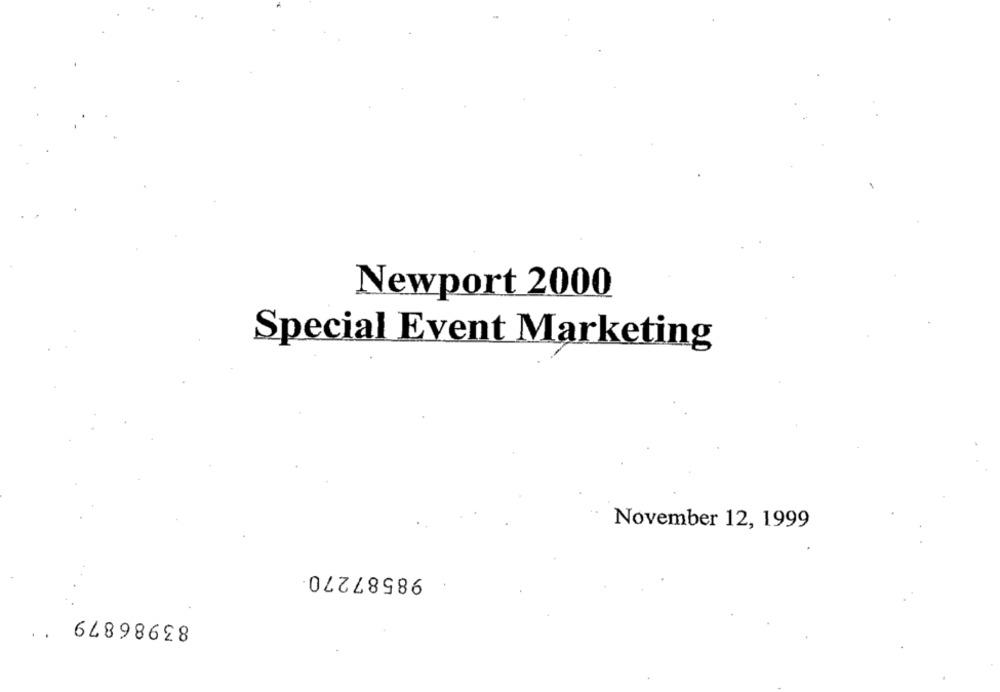
Newport 2000
Special Event Marketing
November 12, 1999
98587270
83986879 **